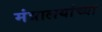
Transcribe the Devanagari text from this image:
मंत्रालयांच्या